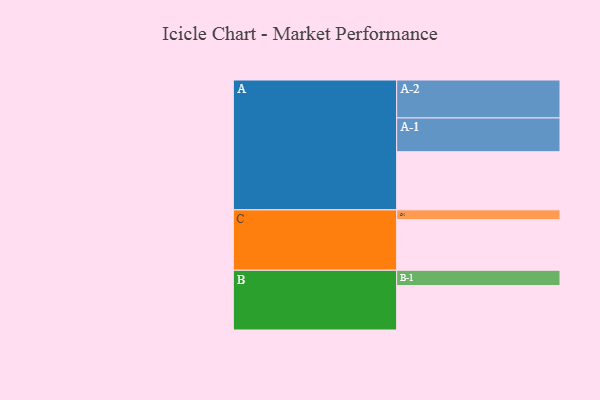
{"axis": {"x": "Segment", "y": "Value"}, "legend": ["", "A", "B", "C"], "data": [{"x": "A", "y": 432, "type": ""}, {"x": "B", "y": 330, "type": ""}, {"x": "C", "y": 376, "type": ""}, {"x": "A-1", "y": 251, "type": "A"}, {"x": "A-2", "y": 282, "type": "A"}, {"x": "B-1", "y": 114, "type": "B"}, {"x": "C-1", "y": 73, "type": "C"}]}